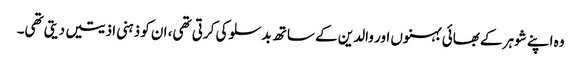
وہ اپنے شوہر کے بھائی بہنوں اور والدین کے ساتھ بدسلوکی کرتی تھی، ان کو ذہنی اذیتیں دیتی تھی۔